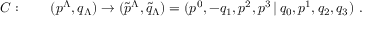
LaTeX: { \cal C } : \qquad ( p ^ { \Lambda } , q _ { \Lambda } ) \rightarrow ( \tilde { p } ^ { \Lambda } , \tilde { q } _ { \Lambda } ) = ( p ^ { 0 } , - q _ { 1 } , p ^ { 2 } , p ^ { 3 } \, | \, q _ { 0 } , p ^ { 1 } , q _ { 2 } , q _ { 3 } ) \ .